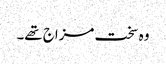
وہ سخت مزاج تھے۔